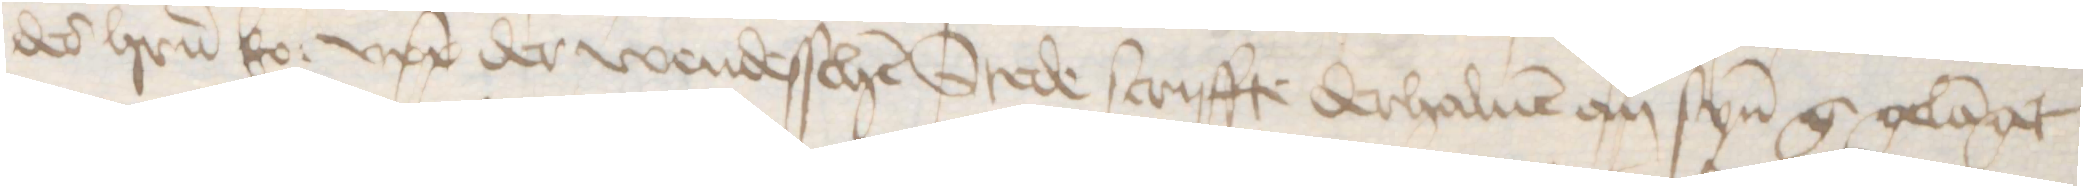
des herrn ko: upp der wendesschen Stede scriffte derhaluen an synen g gelanget